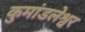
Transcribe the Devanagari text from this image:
कुमांडलेश्वर